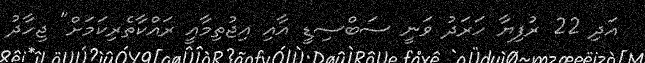
އަދި 22 ރުފިޔާ ހަރަދު ވަނީ ސަބްސިޑީ އާއި އިޖުތިމާއީ ރައްކާތެރިކަމަށް" ޖިހާދު